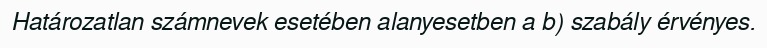
Határozatlan számnevek esetében alanyesetben a b) szabály érvényes.